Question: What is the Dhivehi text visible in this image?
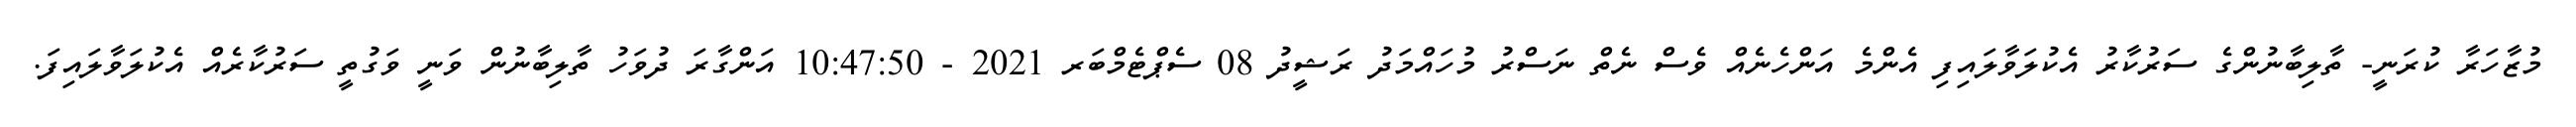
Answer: މުޒާހަރާ ކުރަނީ- ތާލިބާނުންގެ ސަރުކާރު އެކުލަވާލައިފި އެންމެ އަންހެނެއް ވެސް ނެތް ނަސްރު މުހައްމަދު ރަޝީދު 08 ސެޕްޓެމްބަރ 2021 - 10:47:50 އަންގާރަ ދުވަހު ތާލިބާނުން ވަނީ ވަގުތީ ސަރުކާރެއް އެކުލަވާލައިފަ.